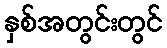
နှစ်အတွင်းတွင်